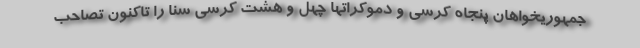
جمهوریخواهان پنجاه کرسی و دموکراتها چهل و هشت کرسی سنا را تاکنون تصاحب